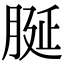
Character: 脠